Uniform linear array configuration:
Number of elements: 24
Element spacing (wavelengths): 0.5
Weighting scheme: hann
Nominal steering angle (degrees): -15
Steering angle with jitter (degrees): -13.014
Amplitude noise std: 0.05
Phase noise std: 0.05

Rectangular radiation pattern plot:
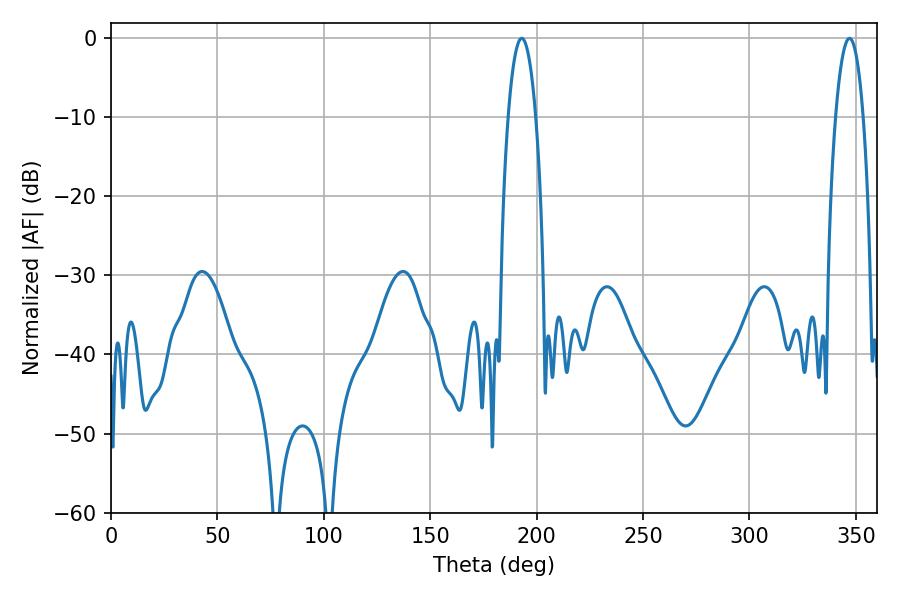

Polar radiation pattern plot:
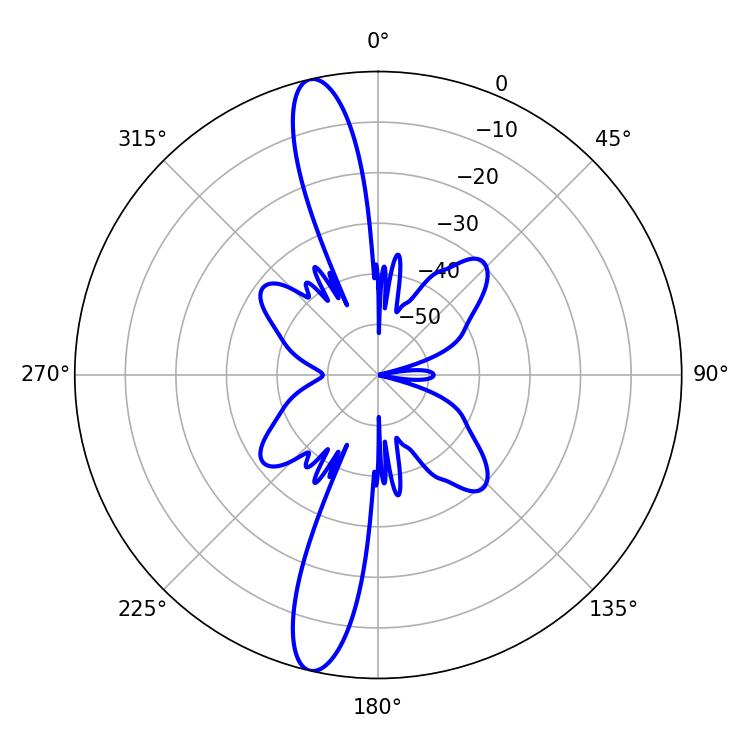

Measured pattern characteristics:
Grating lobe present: FALSE
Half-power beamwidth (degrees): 7.2
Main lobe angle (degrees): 192.96